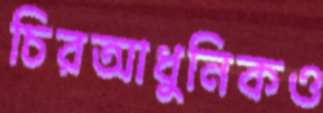
চিরআধুনিকও